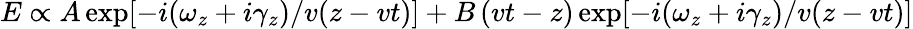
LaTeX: E\propto A\exp[-i(\omega_{z}+i\gamma_{z})/v(z-vt)]+B\left(vt-z\right)\exp[-i(\omega_{z}+i\gamma_{z})/v(z-vt)]